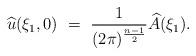
LaTeX: \begin{align*}\widehat u(\xi_1,0) \ = \ \frac 1{(2\pi)^{\frac {n-1}2}} \widehat A(\xi_1). \end{align*}